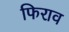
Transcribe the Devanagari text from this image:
फिराव